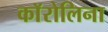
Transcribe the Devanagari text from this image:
काॅरोलिना